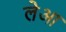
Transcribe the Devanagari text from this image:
लेआ